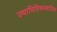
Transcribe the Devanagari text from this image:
ज्यामितिकस्थानिक